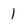
Character: 1